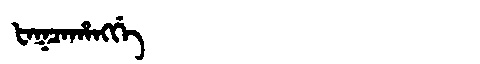
Manchu: ᡶᠠᡴᠴᠠᡥᠠᠩᡤᡝ
Romanization: FAKCAHANGGE